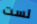
لست